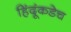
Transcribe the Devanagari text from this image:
हिंदूंकडेच